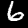
Digit: 6